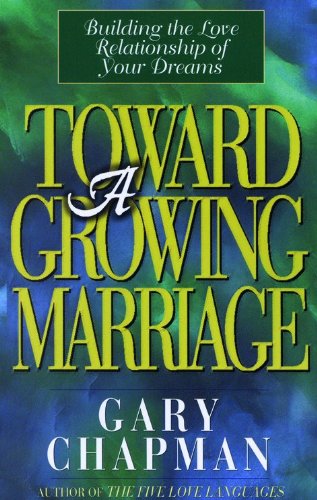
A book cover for Toward A Growing Marriage: Building the Love Relationship of your Dreams; Gary D. Chapman; Christian Books & Bibles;